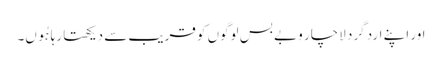
اور اپنے ارد گرد لاچار و بے بس لوگوں کو قریب سے دیکھتا رہا ہُوں۔